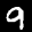
Label: 9